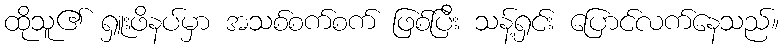
ထိုသူ၏ ရှူးဖိနပ်မှာ အသစ်စက်စက် ဖြစ်ပြီး သန့်ရှင်း ပြောင်လက်နေသည်။